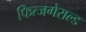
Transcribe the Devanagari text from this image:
फित्जगेराल्ड